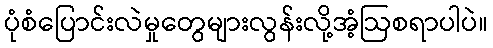
ပုံစံပြောင်းလဲမှုတွေများလွန်းလို့အံ့ဩစရာပါပဲ။